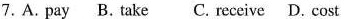
7.A. pay B. take C. receive D. cost